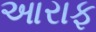
આરાફ